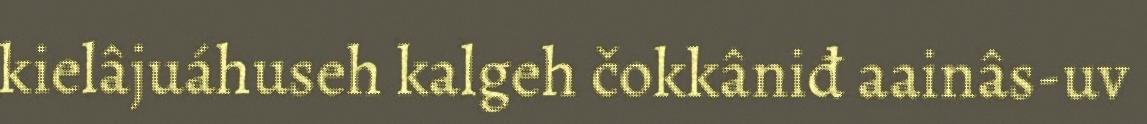
kielâjuáhuseh kalgeh čokkâniđ aainâs-uv